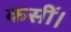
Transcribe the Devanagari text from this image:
कसीं।